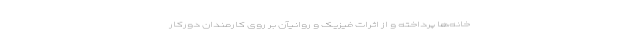
خانه‌ها پرداخته و از اثرات فیزیک و روانیآن بر روی کارمندان دورکار